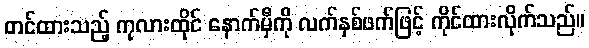
တင်ထားသည့် ကုလားထိုင် နောက်မှီကို လက်နှစ်ဖက်ဖြင့် ကိုင်ထားလိုက်သည်။